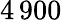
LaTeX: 4\, 900